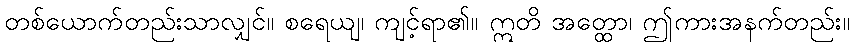
တစ်ယောက်တည်းသာလျှင်။ စရေယျ၊ ကျင့်ရာ၏။ ဣတိ အတ္ထော၊ ဤကားအနက်တည်း။